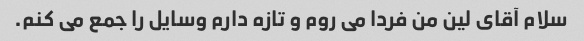
سلام آقای لین من فردا می روم و تازه دارم وسایل را جمع می کنم.